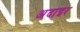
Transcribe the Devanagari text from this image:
अदाइर